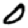
Digit: 0